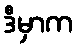
ဒီမှာက